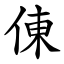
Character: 倲